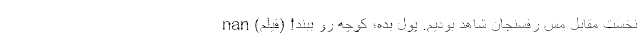
نخست مقابل مس رفسنجان شاهد بودیم. پول بده؛ کوچه رو ببند! (فیلم) nan